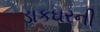
ડાકઘરની